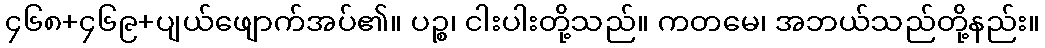
၄၆၈+၄၆၉+ပျယ်ဖျောက်အပ်၏။ ပဉ္စ၊ ငါးပါးတို့သည်။ ကတမေ၊ အဘယ်သည်တို့နည်း။